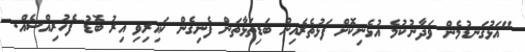
"އަޅުގަނޑުމެން ވަދާނުކުމެ އުޅެނިކޮށް ފަޅުތެރެއިން ބަޑިތަޅާތަން ފެނިގެން ކައިރިވި އިރު ބޮޑު ފެހުރިއްސެއް.